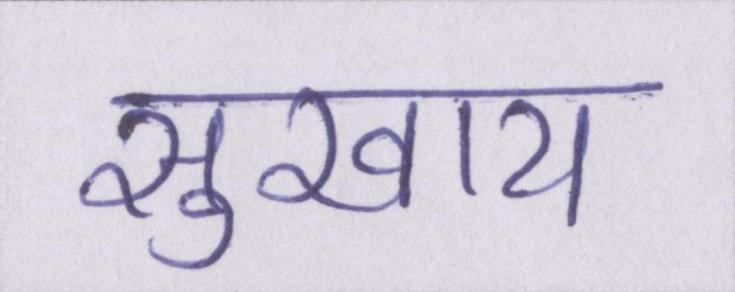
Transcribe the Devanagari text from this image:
सुखाय